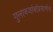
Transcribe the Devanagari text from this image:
गुलाबजांबांप्रमाणेच